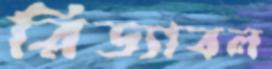
রিড্যাবল